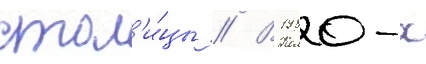
стол'и́цы // В 1980-х